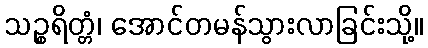
သဉ္စရိတ္တံ၊ အောင်တမန်သွားလာခြင်းသို့။